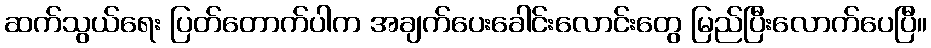
ဆက်သွယ်ရေး ပြတ်တောက်ပါက အချက်ပေးခေါင်းလောင်းတွေ မြည်ပြီးလောက်ပေပြီ။